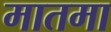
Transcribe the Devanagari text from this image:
मातमा